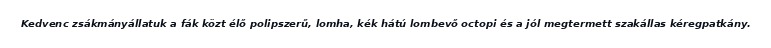
Kedvenc zsákmányállatuk a fák közt élő polipszerű, lomha, kék hátú lombevő octopi és a jól megtermett szakállas kéregpatkány.